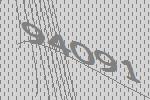
94091